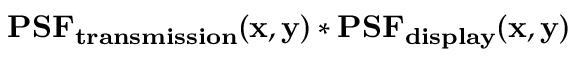
\mathbf { P S F _ { t r a n s m i s s i o n } ( x , y ) * P S F _ { d i s p l a y } ( x , y ) }